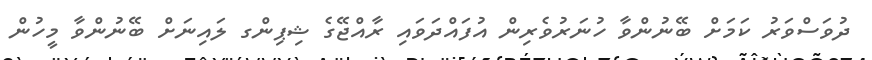
ދުވަސްވަރު ކަމަށް ބޭނުންވާ ހުނަރުވެރިން އުފައްދަވައި ރާއްޖޭގެ ޝިޕިންގ ލައިނަށް ބޭނުންވާ މީހުން